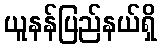
ယူနန်ပြည်နယ်ရှိ